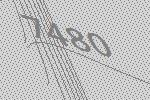
7480